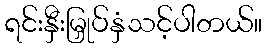
ရင်းနှီးမြှုပ်နှံသင့်ပါတယ်။